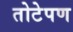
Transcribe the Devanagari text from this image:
तोटेपण